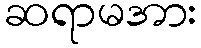
ဆရာမအား